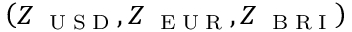
\left( Z _ { \mathrm { ~ \tiny ~ U ~ S ~ D ~ } } , Z _ { \mathrm { ~ \tiny ~ E ~ U ~ R ~ } } , Z _ { \mathrm { ~ \tiny ~ B ~ R ~ I ~ } } \right)